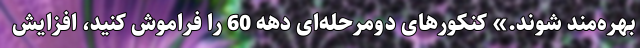
بهره‌مند شوند.» کنکورهای دومرحله‌ای دهه 60 را فراموش کنید، ‌افزایش